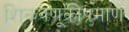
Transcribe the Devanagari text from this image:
शिकवणूकीप्रमाणे